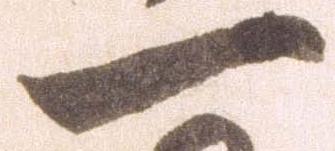
一